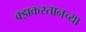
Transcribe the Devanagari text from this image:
क्झकस्तानच्या